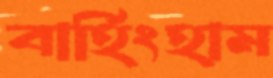
বার্হিংহাম